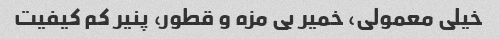
خیلی معمولی، خمیر بی مزه و قطور، پنیر کم کیفیت